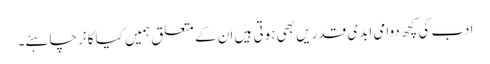
ادب کی کچھ دوامی ابدی قدریں بھی ہوتی ہیں ان کے متعلق ہمیں کیا کانر چاہئے۔